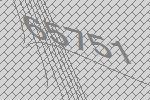
65751